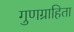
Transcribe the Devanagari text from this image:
गुणग्राहिता